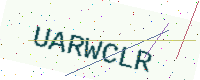
Text: UARWCLR